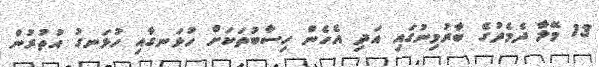
13 މޭލާ ދެމެދުގެ ބާރުމިނުގައި އަދި އެހެން ހިސާބުތަކަށް ހުޅަނގާއި ހުޅަނގު އުތުރުން